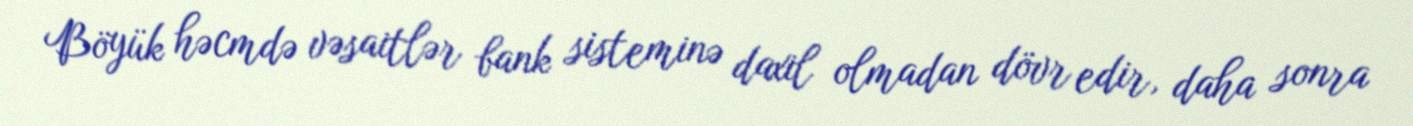
Böyük həcmdə vəsaitlər bank sisteminə daxil olmadan dövr edir, daha sonra